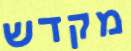
מקדש